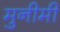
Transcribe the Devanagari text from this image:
मुनीमी